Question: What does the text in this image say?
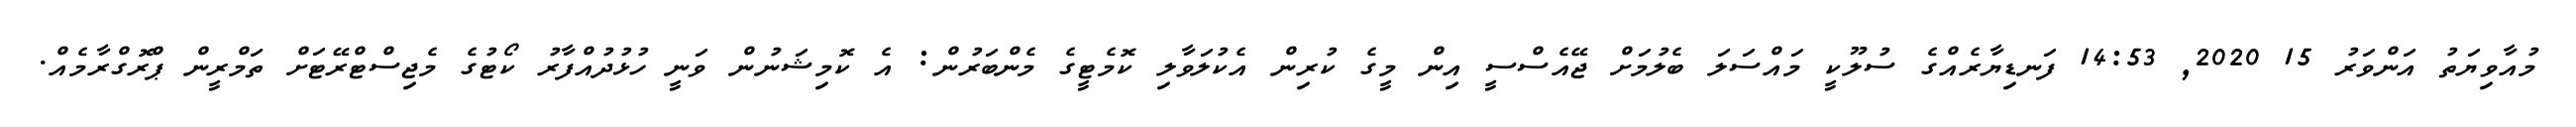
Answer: މުއާވިޔަތު އަންވަރު 15 2020, 14:53 ފަނޑިޔާރެއްގެ ސުލޫކީ މައްސަލަ ބެލުމަށް ޖޭއެސްސީ އިން މީގެ ކުރިން އެކުލަވާލި ކޮމެޓީގެ މެންބަރުން: އެ ކޮމިޝަނުން ވަނީ ހުޅުދުއްފާރު ކޯޓުގެ މެޖިސްޓްރޭޓަށް ތަމްރީން ޕްރޮގްރާމެއް.